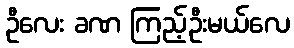
ဦလေး ခဏ ကြည့်ဦးမယ်လေ